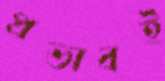
প্রভাবই